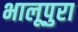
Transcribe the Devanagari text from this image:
भालूपुरा